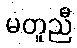
မတူညီ